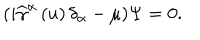
( i \widehat { \gamma } ^ { \alpha } \left( u \right) \delta _ { \alpha } - \mu ) \Psi = 0 .